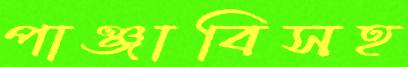
পাঞ্জাবিসহ